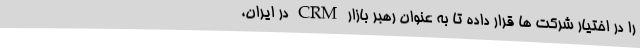
را در اختیار شرکت ها قرار داده تا به عنوان رهبر بازار CRM در ایران،